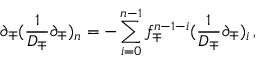
\partial _ { \mp } ( \frac 1 { D _ { \mp } } \partial _ { \mp } ) _ { n } = - \sum _ { i = 0 } ^ { n - 1 } f _ { \mp } ^ { n - 1 - i } ( \frac 1 { D _ { \mp } } \partial _ { \mp } ) _ { i } \, ,